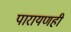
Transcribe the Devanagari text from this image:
पारायणही